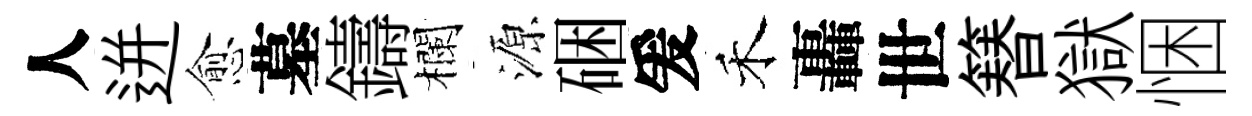
人迸愈墓鑄欄源硱爰禾轟世簮獄悃